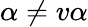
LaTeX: \alpha\neq v\alpha